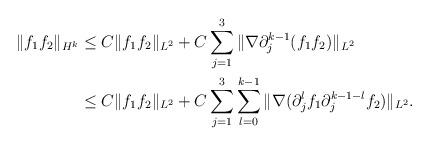
LaTeX: \begin{align*}\|f_1 f_2\|_{H^k}&\leq C\|f_1 f_2\|_{L^2}+C\sum_{j=1}^3\|\nabla \partial_j^{k-1}(f_1 f_2)\|_{L^2}\\&\leq C\|f_1 f_2\|_{L^2}+C\sum_{j=1}^3\sum_{l=0}^{k-1}\|\nabla (\partial_j^{l}f_1 \partial_j^{k-1-l}f_2)\|_{L^2}.\end{align*}